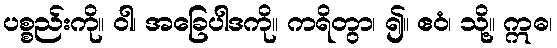
ပစ္စည်းကို။ ဝါ၊ အခြေပါဒကို။ ကရိတွာ၊ ၍။ ဧဝံ၊ သို့။ ဣဓ၊